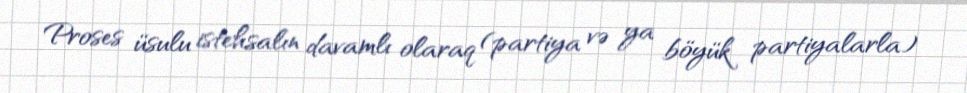
Proses üsulu istehsalın davamlı olaraq (partiya və ya böyük partiyalarla)